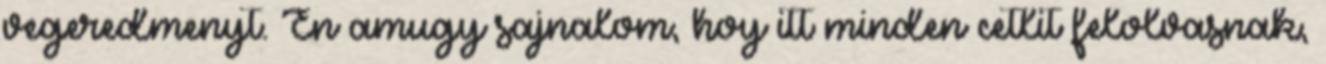
vegeredmenyt. En amugy sajnalom, hoy itt minden cetlit felolvasnak,